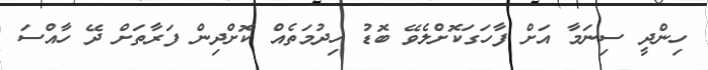
ހިންދީ ސިނަމާ އަށް ފާހަގަކޮށްލެވޭ ބޮޑު ހިދުމަތެއް ކޮށްދިން ފަރާތަށް ދޭ ހާއްސަ